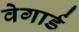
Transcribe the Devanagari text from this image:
वेगार्ड